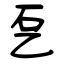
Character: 乭